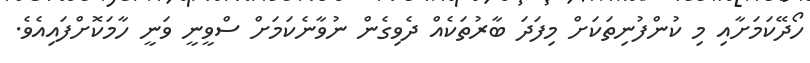
ހޯދޭކަމަށާއި މި ކުންފުނިތަކަށް މިފަދަ ބާރުތަކެއް ދެވިގެން ނުވާނެކަމަށް ސްވީނީ ވަނީ ހާމަކޮށްފައިއެވެ.